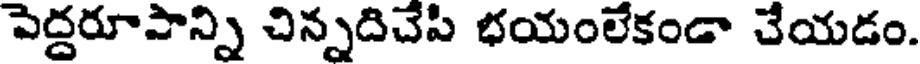
పెద్దరూపాన్ని చిన్నదిచేపి భయంలేకండా చేయడం.